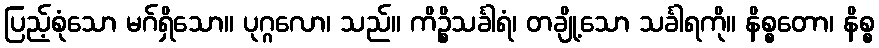
ပြည့်စုံသော မဂ်ရှိသော။ ပုဂ္ဂလော၊ သည်။ ကိဉ္စိသင်္ခါရံ၊ တချို့သော သင်္ခါရကို။ နိစ္စတော၊ နိစ္စ